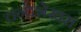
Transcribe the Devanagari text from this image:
चन्द्रशेखरां